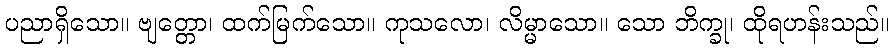
ပညာရှိသော။ ဗျတ္တော၊ ထက်မြက်သော။ ကုသလော၊ လိမ္မာသော။ သော ဘိက္ခု၊ ထိုရဟန်းသည်။